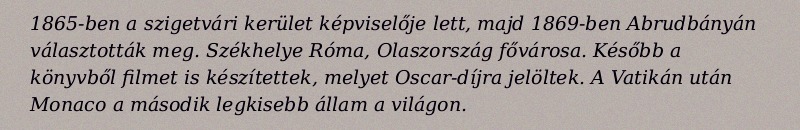
1865-ben a szigetvári kerület képviselője lett, majd 1869-ben Abrudbányán választották meg. Székhelye Róma, Olaszország fővárosa. Később a könyvből filmet is készítettek, melyet Oscar-díjra jelöltek. A Vatikán után Monaco a második legkisebb állam a világon.